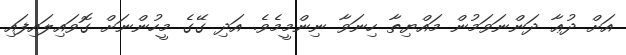
އަށް ދުޢާ ދަންނަވަމުން މައްޔިތާ ހިނަވާ ނިންމީމެވެ. އަދި ގޭގެ މީހުންނަށް ގޮވައިލައިފައި